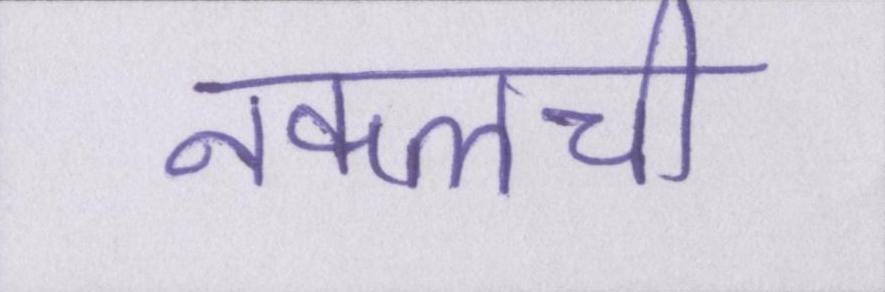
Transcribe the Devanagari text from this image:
नकलची